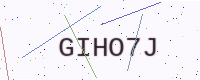
Text: GIHO7J